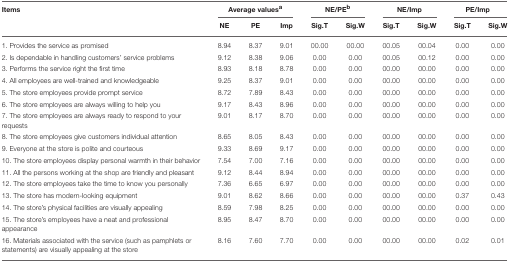
<table><thead><tr><td><b>Items</b></td><td colspan="3"><b>Average values<sup>a</sup></b></td><td colspan="2"><b>NE/PE<sup>b</sup></b></td><td colspan="2"><b>NE/Imp</b></td><td colspan="2"><b>PE/Imp</b></td></tr><tr><td></td><td><b>NE</b></td><td><b>PE</b></td><td><b>Imp</b></td><td><b>Sig.T</b></td><td><b>Sig.W</b></td><td><b>Sig.T</b></td><td><b>Sig.W</b></td><td><b>Sig.T</b></td><td><b>Sig.W</b></td></tr></thead><tbody><tr><td>1. Provides the service as promised</td><td>8.94</td><td>8.37</td><td>9.01</td><td>00.00</td><td>00.00</td><td>00.05</td><td>00.04</td><td>0.00</td><td>0.00</td></tr><tr><td>2. Is dependable in handling customers&#x27; service problems</td><td>9.12</td><td>8.38</td><td>9.06</td><td>0.00</td><td>0.00</td><td>00.05</td><td>00.12</td><td>0.00</td><td>0.00</td></tr><tr><td>3. Performs the service right the first time</td><td>8.93</td><td>8.18</td><td>8.78</td><td>0.00</td><td>0.00</td><td>00.00</td><td>00.00</td><td>0.00</td><td>0.00</td></tr><tr><td>4. All employees are well-trained and knowledgeable</td><td>9.25</td><td>8.37</td><td>9.01</td><td>0.00</td><td>0.00</td><td>00.00</td><td>00.00</td><td>0.00</td><td>0.00</td></tr><tr><td>5. The store employees provide prompt service</td><td>8.72</td><td>7.89</td><td>8.43</td><td>0.00</td><td>0.00</td><td>00.00</td><td>00.00</td><td>0.00</td><td>0.00</td></tr><tr><td>6. The store employees are always willing to help you</td><td>9.17</td><td>8.43</td><td>8.96</td><td>0.00</td><td>0.00</td><td>00.00</td><td>00.00</td><td>0.00</td><td>0.00</td></tr><tr><td>7. The store employees are always ready to respond to your requests</td><td>9.01</td><td>8.17</td><td>8.70</td><td>0.00</td><td>0.00</td><td>00.00</td><td>00.00</td><td>0.00</td><td>0.00</td></tr><tr><td>8. The store employees give customers individual attention</td><td>8.65</td><td>8.05</td><td>8.43</td><td>0.00</td><td>0.00</td><td>00.00</td><td>00.00</td><td>0.00</td><td>0.00</td></tr><tr><td>9. Everyone at the store is polite and courteous</td><td>9.33</td><td>8.69</td><td>9.17</td><td>0.00</td><td>0.00</td><td>00.00</td><td>00.00</td><td>0.00</td><td>0.00</td></tr><tr><td>10. The store employees display personal warmth in their behavior</td><td>7.54</td><td>7.00</td><td>7.16</td><td>0.00</td><td>0.00</td><td>00.00</td><td>00.00</td><td>0.00</td><td>0.00</td></tr><tr><td>11. All the persons working at the shop are friendly and pleasant</td><td>9.12</td><td>8.44</td><td>8.94</td><td>0.00</td><td>0.00</td><td>00.00</td><td>00.00</td><td>0.00</td><td>0.00</td></tr><tr><td>12. The store employees take the time to know you personally</td><td>7.36</td><td>6.65</td><td>6.97</td><td>0.00</td><td>0.00</td><td>00.00</td><td>00.00</td><td>0.00</td><td>0.00</td></tr><tr><td>13. The store has modern-looking equipment</td><td>9.01</td><td>8.62</td><td>8.66</td><td>0.00</td><td>0.00</td><td>00.00</td><td>00.00</td><td>0.37</td><td>0.43</td></tr><tr><td>14. The store&#x27;s physical facilities are visually appealing</td><td>8.59</td><td>7.98</td><td>8.25</td><td>0.00</td><td>0.00</td><td>00.00</td><td>00.00</td><td>0.00</td><td>0.00</td></tr><tr><td>15. The store&#x27;s employees have a neat and professional appearance</td><td>8.95</td><td>8.47</td><td>8.70</td><td>0.00</td><td>0.00</td><td>00.00</td><td>00.00</td><td>0.00</td><td>0.00</td></tr><tr><td>16. Materials associated with the service (such as pamphlets or statements) are visually appealing at the store</td><td>8.16</td><td>7.60</td><td>7.70</td><td>0.00</td><td>0.00</td><td>00.00</td><td>00.00</td><td>0.02</td><td>0.01</td></tr></tbody></table>